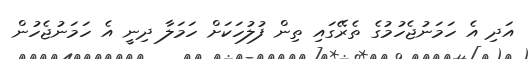
އަދި އެ ހަމަނުޖެހުމުގެ ތެރޭގައި ތިން ފުލުހަކަށް ހަމަލާ ދިނީ އެ ހަމަނުޖެހުން